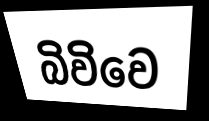
බිවිවෙ